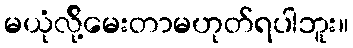
မယုံလို့်မေးတာမဟုတ်ရပါဘူး။